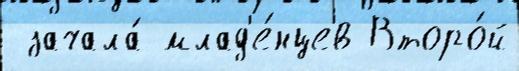
 зачала́ млад'е́нцев Второ́й